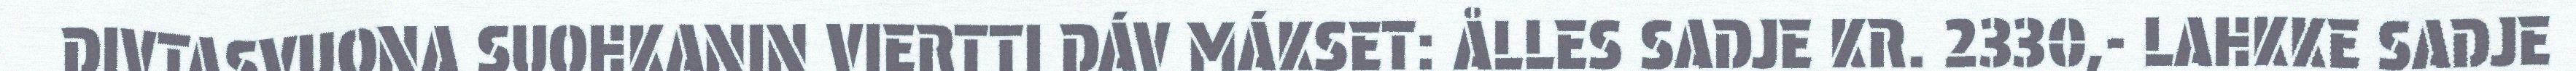
DIVTASVUONA SUOHKANIN VIERTTI DÁV MÁKSET: ÅLLES SADJE KR. 2330,- LAHKKE SADJE